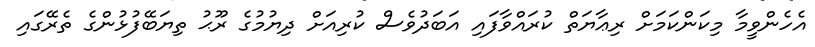
އެހެންވީމާ މިކަންކަމަށް ރިޢާޔަތް ކުރައްވާފައި އަބަދުވެސް ކުރިއަށް ދިޔުމުގެ ރޫޙު ތިޔަބޭފުޅުންގެ ތެރޭގައި